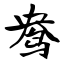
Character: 鸯